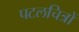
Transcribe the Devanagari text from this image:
पटलचित्रों